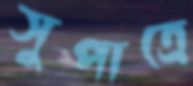
সুপাত্রে